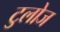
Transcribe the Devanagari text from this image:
टुलोज